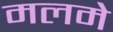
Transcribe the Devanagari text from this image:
मलमे